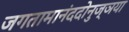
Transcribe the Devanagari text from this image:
जगतामानंददोनुज्ञया